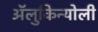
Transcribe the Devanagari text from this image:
ॲलुकिन्योली